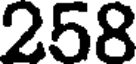
258